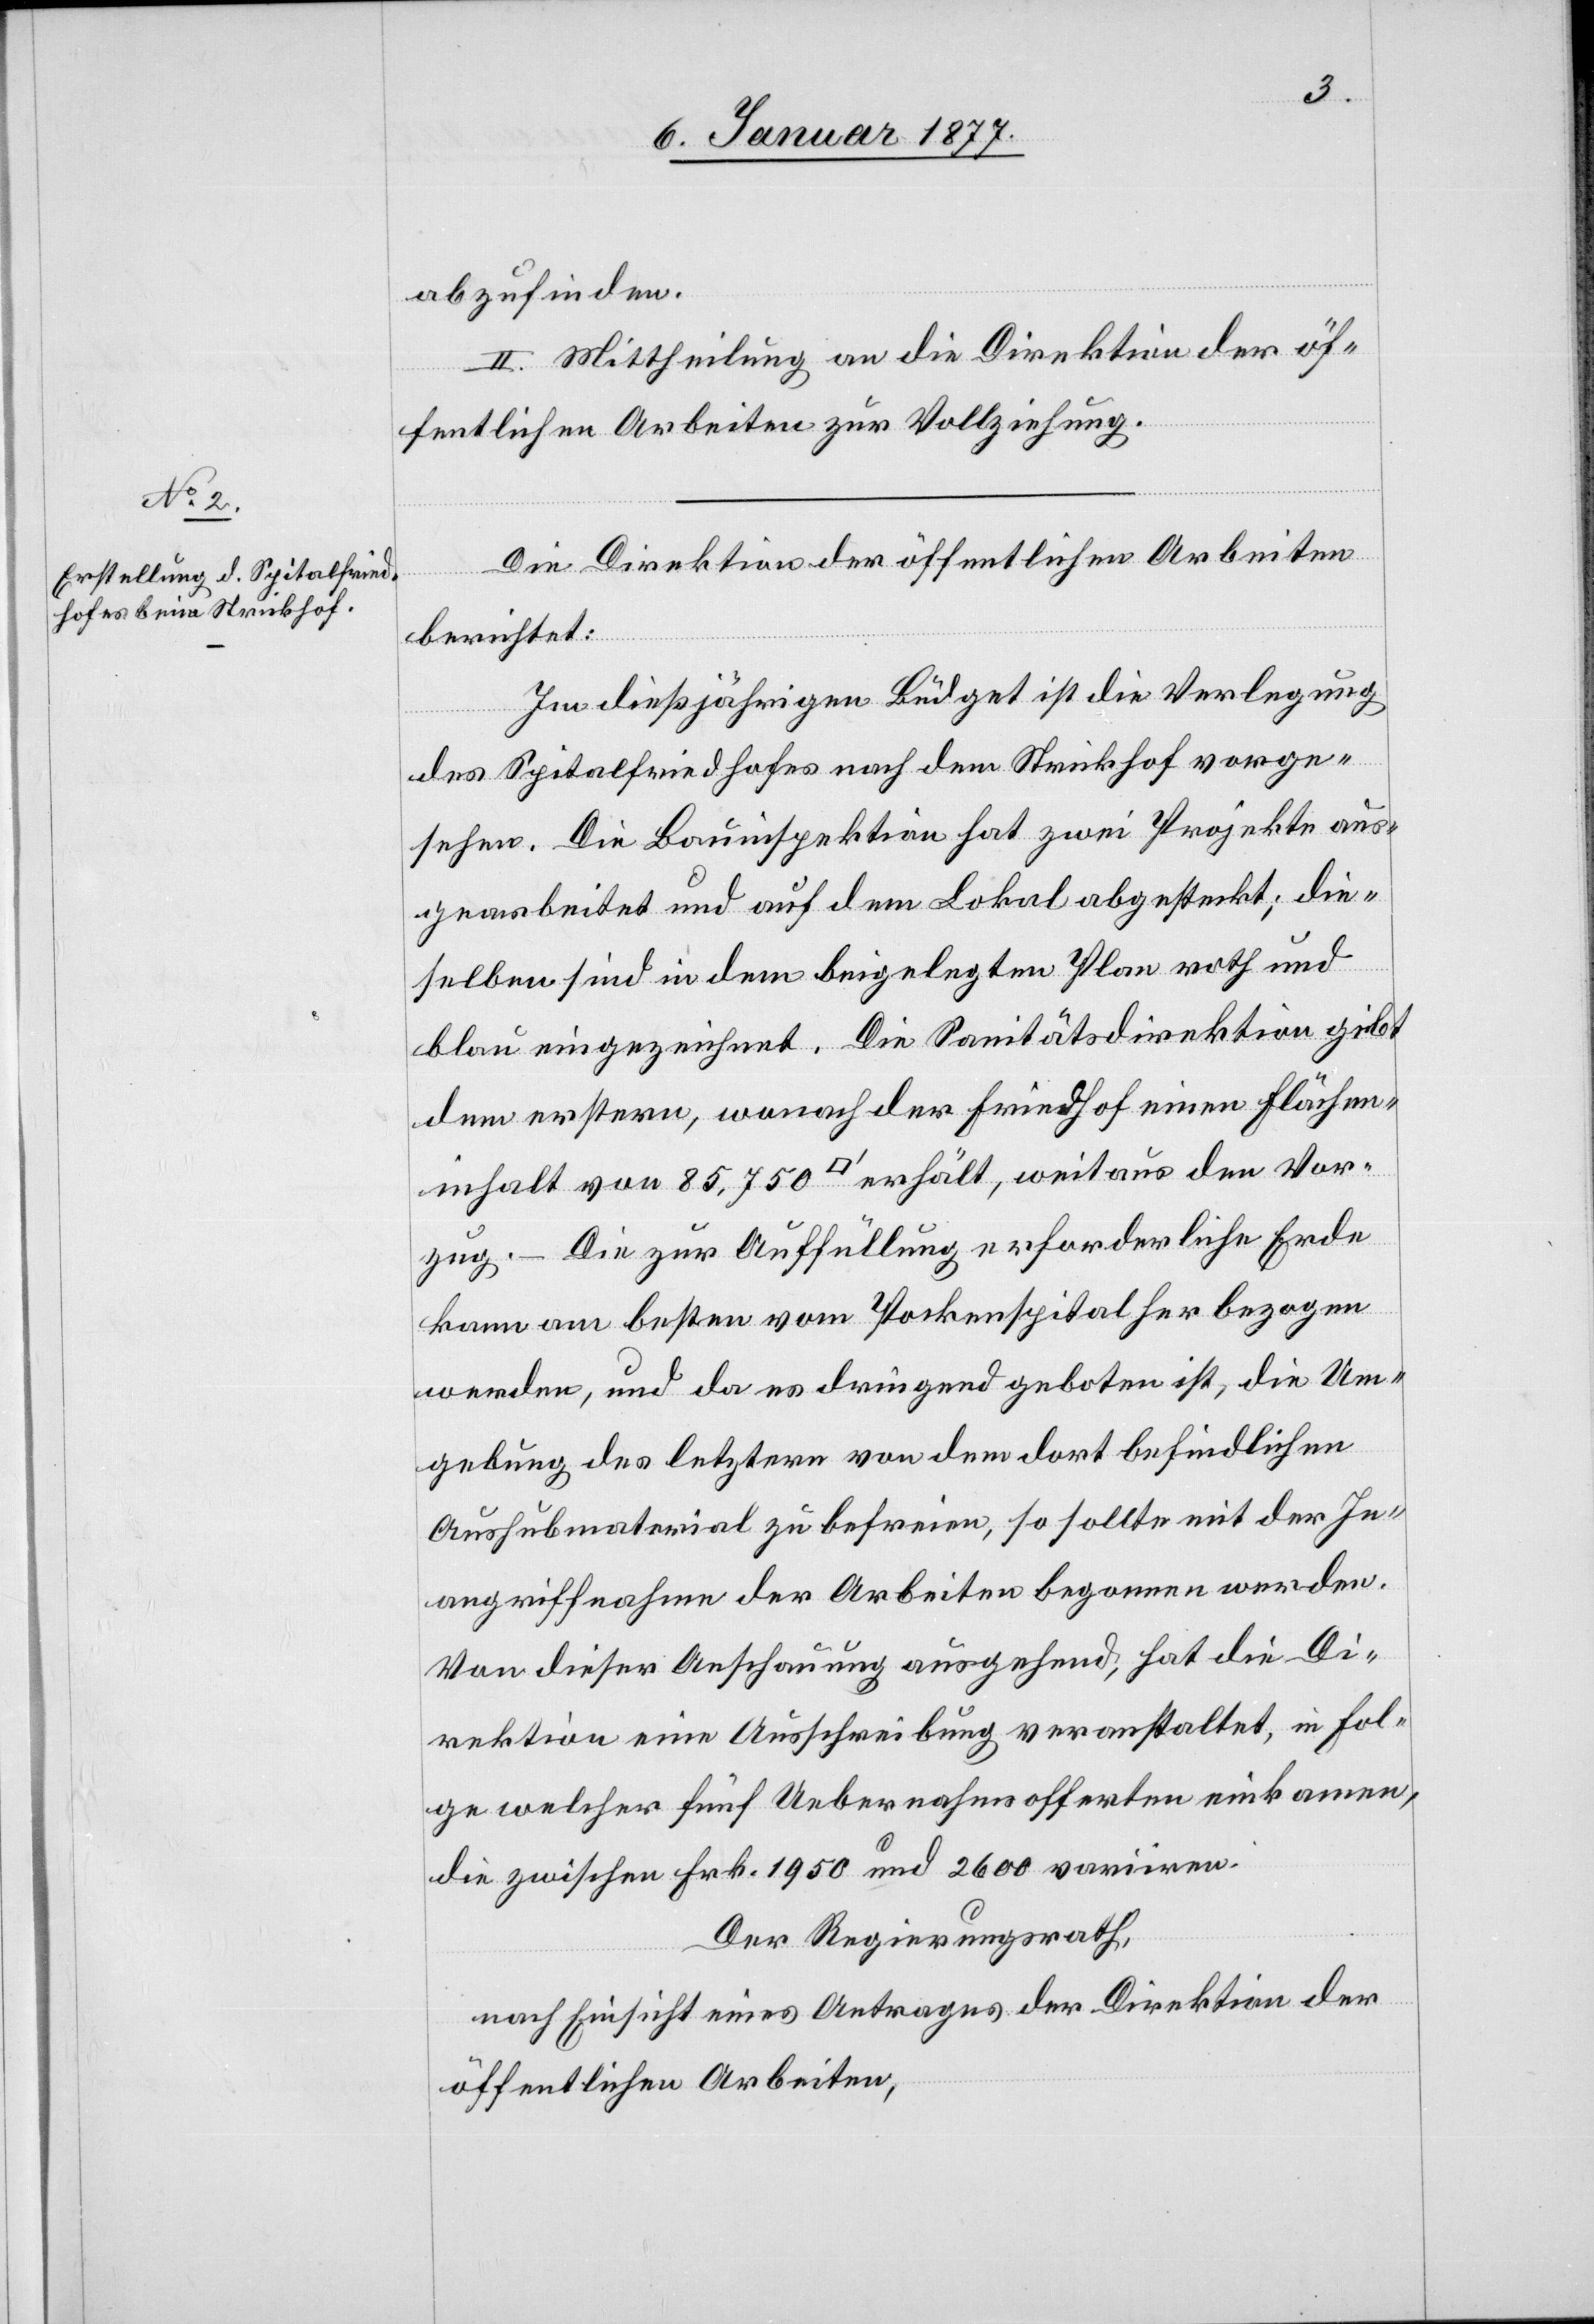
abzufinden.
II. Mittheilung an die Direktion der öf¬
fentlichen Arbeiten zur Vollziehung.
Die Direktion der öffentlichen Arbeiten
berichtet:
Im dießjährigen Büdget ist die Verlegung
des Spitalfriedhofes nach dem Strickhof vorge¬
sehen. Die Bauinspektion hat zwei Projekte aus¬
gearbeitet und auf dem Lokal abgesteckt; die¬
selben sind in dem beigelegten Plan roth und
blau eingezeichnet. Die Sanitätsdirektion gibt
dem erstern, wonach der Friedhof einen Flächen¬
inhalt von 85,750 [Quadratfuss] erhält, weitaus den Vor¬
zug. – Die zur Auffüllung erforderliche Erde
kann am besten vom Pockenspital her bezogen
werden, und da es dringend geboten ist, die Um¬
gebung des letztern von dem dort befindlichen
Aushubmaterial zu befreien, so sollte mit der In¬
angriffnahme der Arbeiten begonnen werden.
Von dieser Anschauung ausgehend, hat die Di¬
rektion eine Ausschreibung veranstaltet, in Fol¬
ge welcher fünf Uebernahmsofferten einkamen,
die zwischen Frk. 1950 und 2600 variiren,
Der Regierungsrath,
nach Einsicht eines Antrages der Direktion der
öffentlichen Arbeiten,